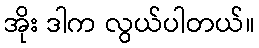
အိုး ဒါက လွယ်ပါတယ်။